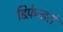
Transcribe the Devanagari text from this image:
डिफ़ेन्डरों